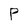
Character: P